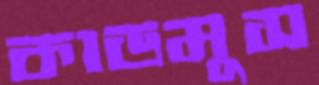
কাডমুস